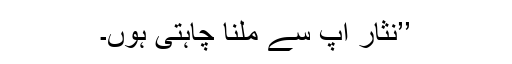
’’نثار آپ سے ملنا چاہتی ہوں۔